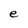
Character: e